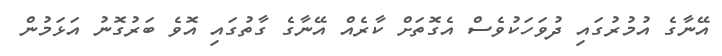
އޭނާގެ އުމުރުގައި ދުވަހަކުވެސް އެގޮތަށް ކާރެއް އޭނާގެ ގާތުގައި އޮވެ ބަރުގޮނު އަޅަމުން